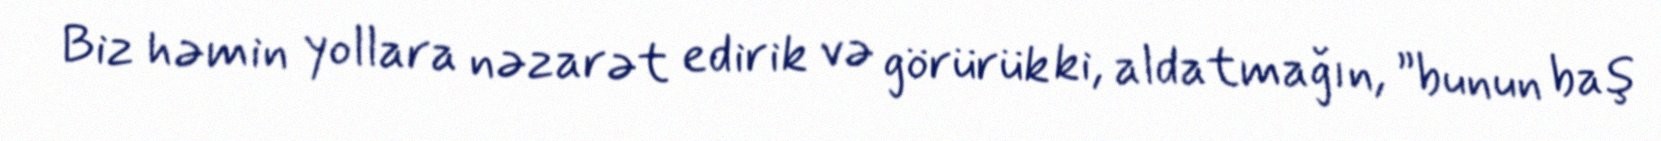
Biz həmin yollara nəzarət edirik və görürük ki, aldatmağın, ”bunun baş